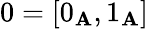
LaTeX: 0=[0_{\mathbf{A}},1_{\mathbf{A}}]